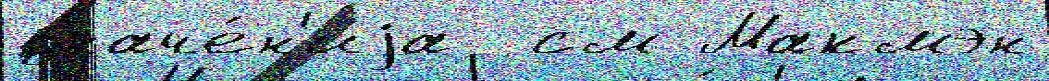
значе́н'иjа  см Макмэн